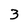
Character: 3